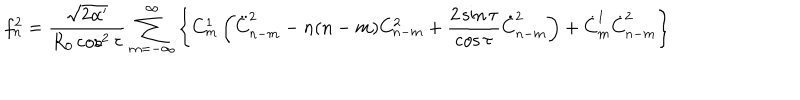
LaTeX: f _ { n } ^ { 2 } = \frac { \sqrt { 2 \alpha ^ { \prime } } } { R _ { 0 } \cos ^ { 2 } \tau } \sum _ { m = - \infty } ^ { \infty } \left\{ C _ { m } ^ { 1 } \left( \ddot { C } _ { n - m } ^ { 2 } - n ( n - m ) C _ { n - m } ^ { 2 } + \frac { 2 \sin \tau } { \cos \tau } \dot { C } _ { n - m } ^ { 2 } \right) + \dot { C } _ { m } ^ { 1 } \dot { C } _ { n - m } ^ { 2 } \right\}